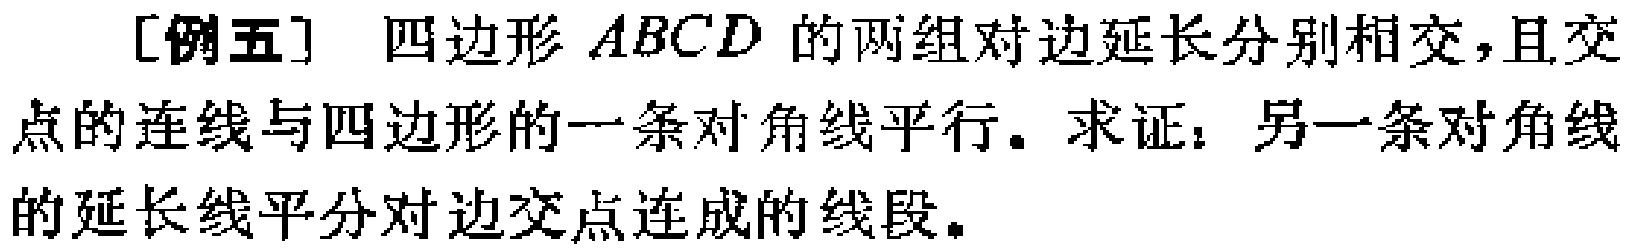
[例五] 四边形 \(ABCD\) 的两组对边延长分别相交，且交点的连线与四边形的一条对角线平行。求证：另一条对角线的延长线平分对边交点连成的线段。